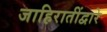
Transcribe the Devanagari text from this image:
जाहिरातींद्वारे